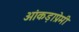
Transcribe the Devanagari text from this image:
आंकड़ाप्रेमी